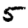
Digit: 5